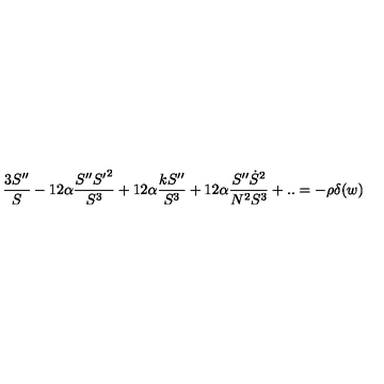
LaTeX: \frac { 3 S ^ { \prime \prime } } { S } - 1 2 \alpha \frac { S ^ { \prime \prime } { S ^ { \prime } } ^ { 2 } } { S ^ { 3 } } + 1 2 \alpha \frac { k S ^ { \prime \prime } } { S ^ { 3 } } + 1 2 \alpha \frac { S ^ { \prime \prime } \dot { S } ^ { 2 } } { N ^ { 2 } S ^ { 3 } } + . . = - \rho \delta ( w )